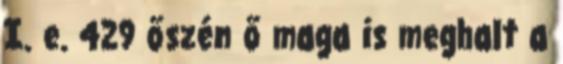
I. e. 429 őszén ő maga is meghalt a